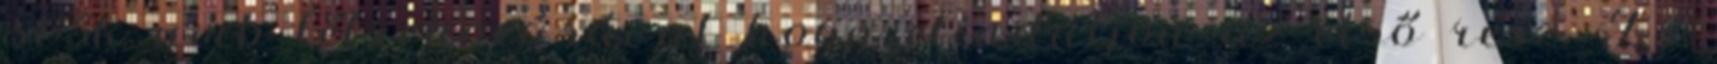
585k umb létrehozásával hogy elinduljon az első rész. És